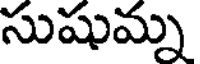
సుషుమ్న